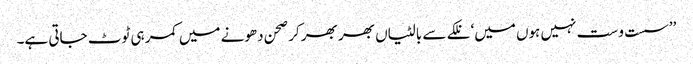
’’سست و ست نہیں ہوں میں‘ نلکے سے بالٹیاں بھر بھر کر صحن دھونے میں کمر ہی ٹوٹ جاتی ہے۔